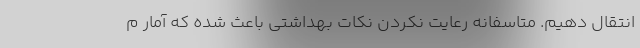
انتقال دهیم. متاسفانه رعایت نکردن نکات بهداشتی باعث شده که آمار م